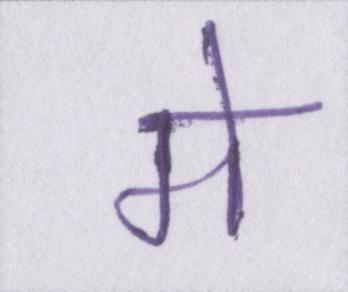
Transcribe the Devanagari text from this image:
मे